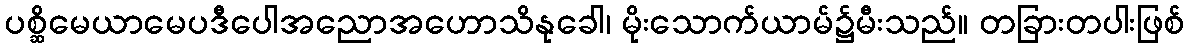
ပစ္ဆိမေယာမေပဒီပေါအညောအဟောသိနုခေါ၊ မိုးသောက်ယာမ်၌မီးသည်။ တခြားတပါးဖြစ်